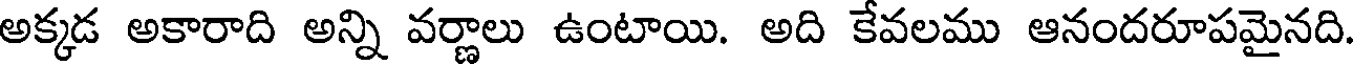
అక్కడ అకారాది అన్ని వర్ణాలు ఉంటాయి. అది కేవలము ఆనందరూపమైనది.